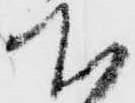
下